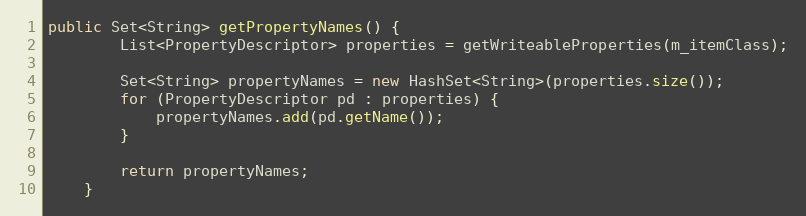
Language: Java
public Set<String> getPropertyNames() {
        List<PropertyDescriptor> properties = getWriteableProperties(m_itemClass);

        Set<String> propertyNames = new HashSet<String>(properties.size());
        for (PropertyDescriptor pd : properties) {
            propertyNames.add(pd.getName());
        }

        return propertyNames;
    }